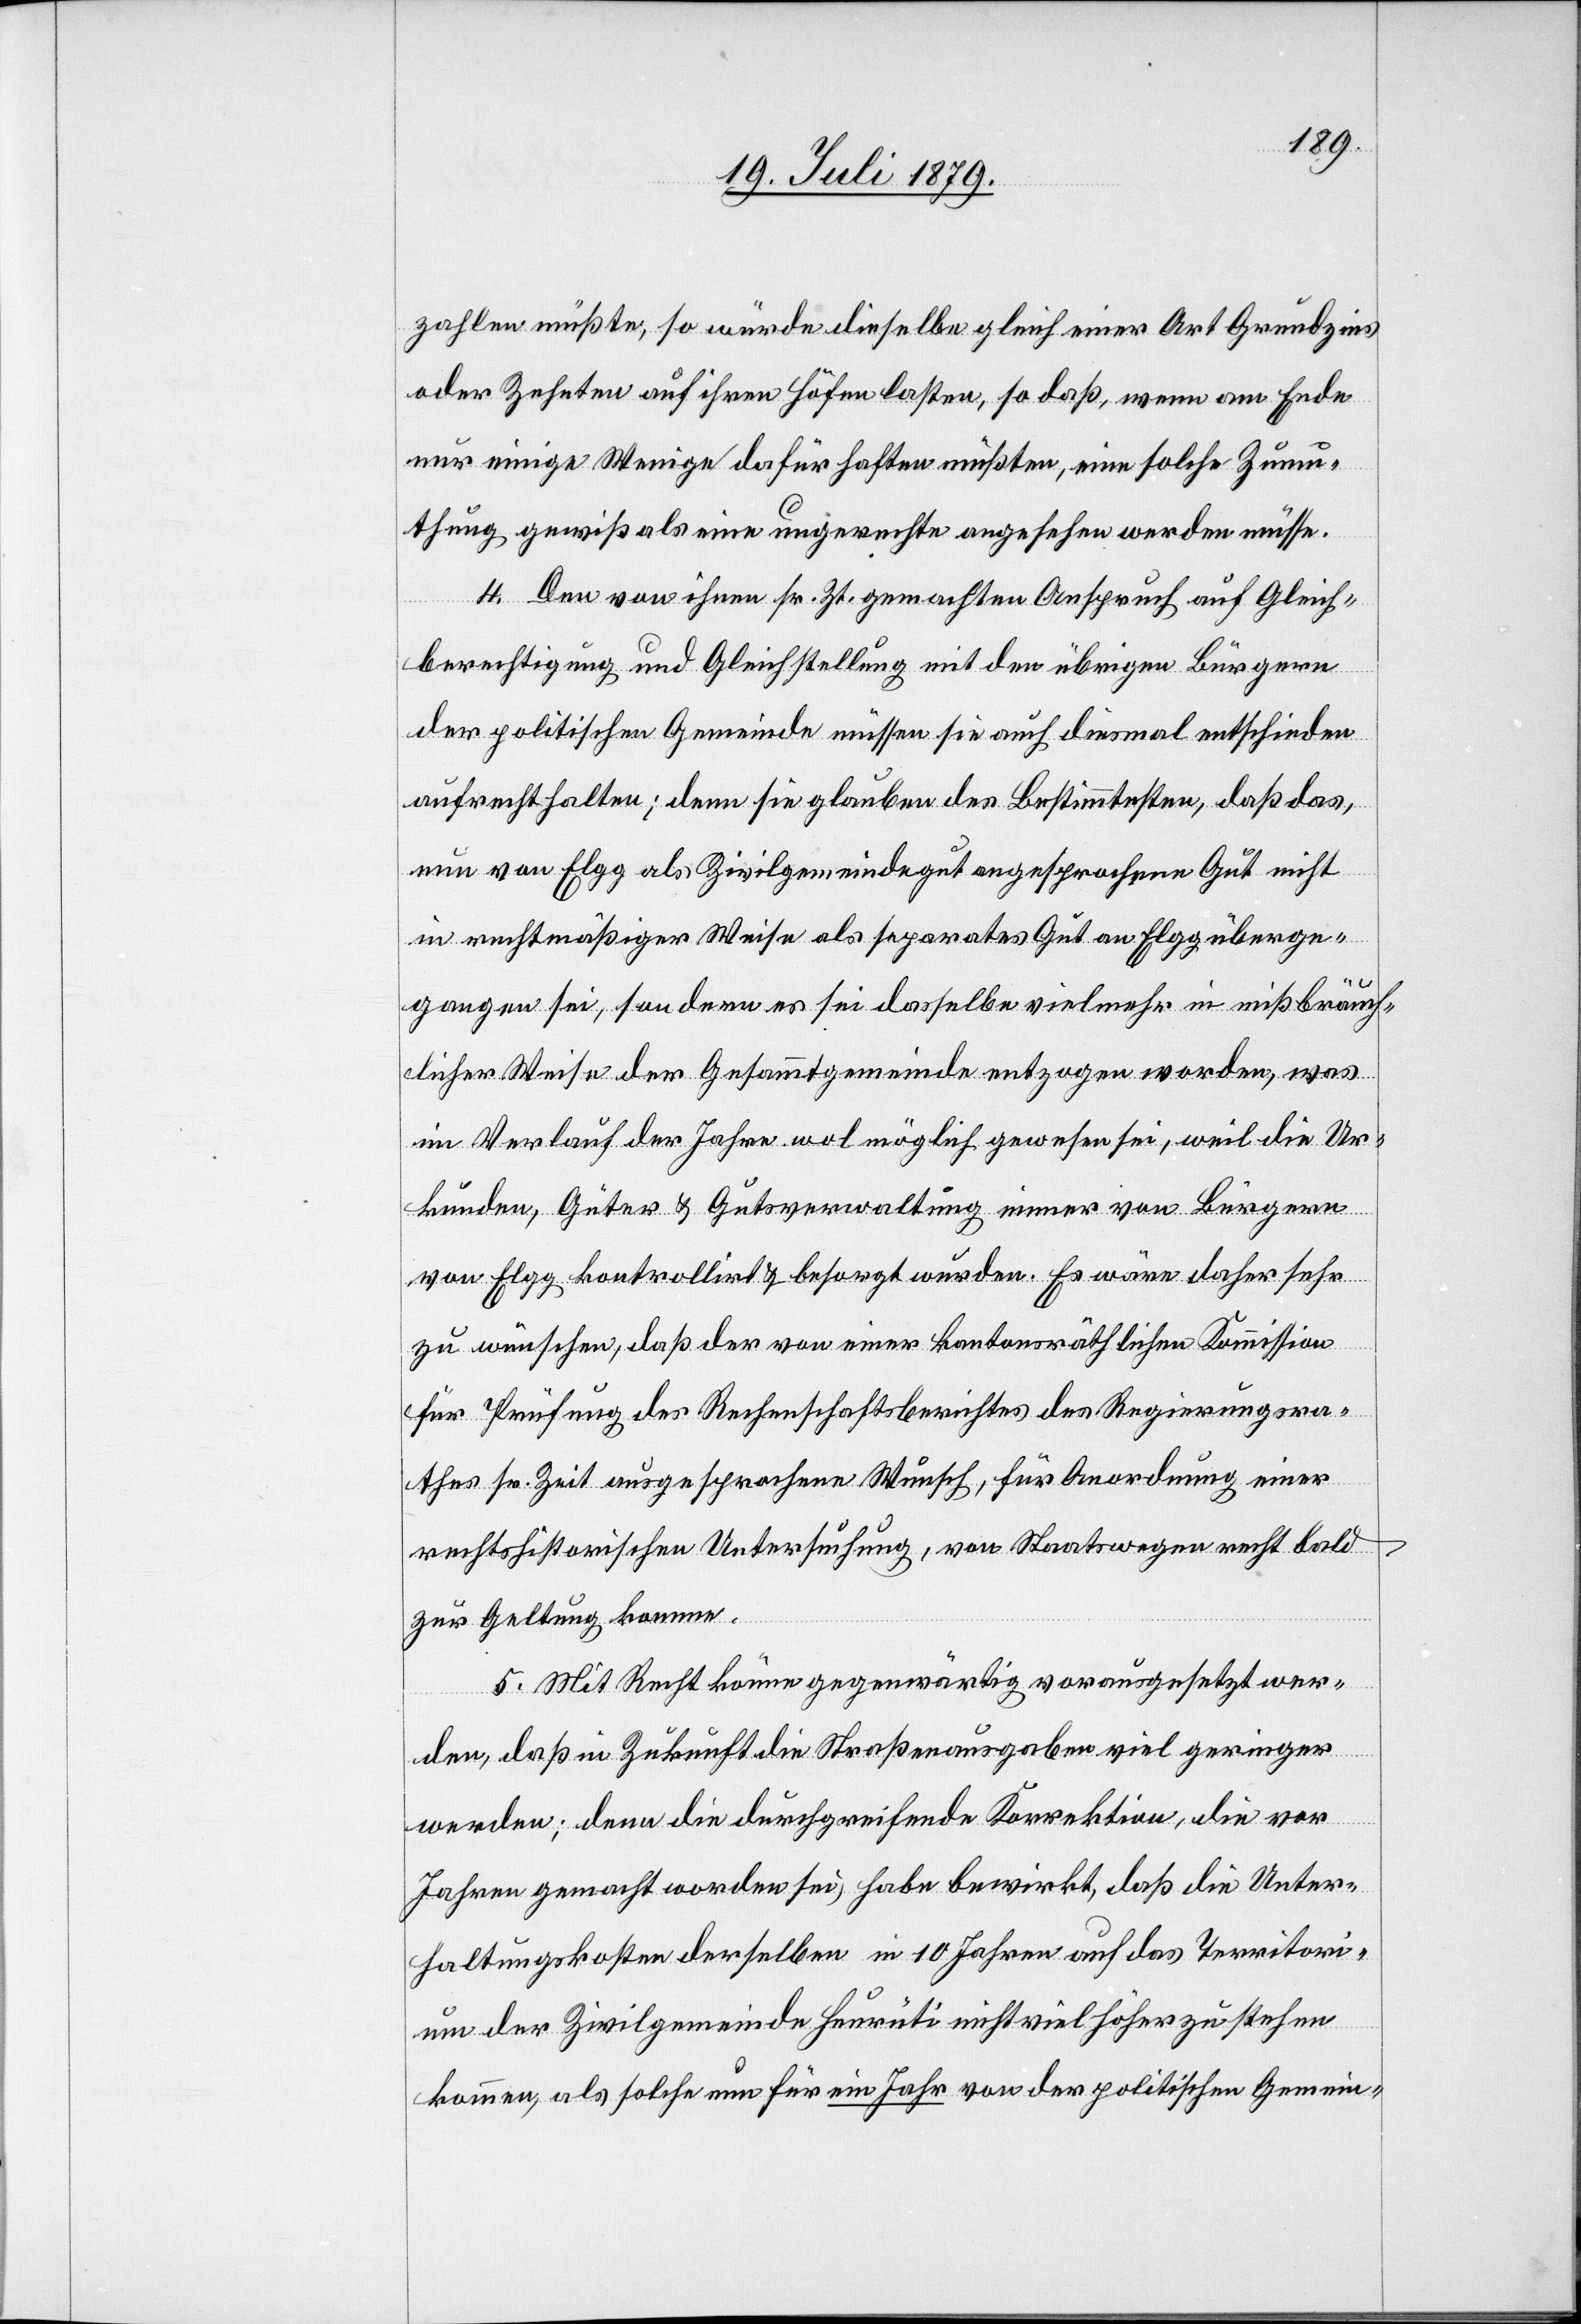
zahlen müßte, so würde dieselbe gleich einer Art Grundzins
oder Zehnten auf ihren Höfen lasten, so daß, wenn am Ende
nur einige Wenige dafür haften müßten, eine solche Zumu¬
thung gewiß als eine ungerechte angesehen werden müsse.
4. Den von ihnen sr. Zt. gemachten Anspruch auf Gleich¬
berechtigung und Gleichstellung mit den übrigen Bürgern
der politischen Gemeinde müssen sie auch diesmal entscheiden
aufrecht halten; denn sie glauben des Bestimmtesten, das das,
nun von Elgg als Zivilgemeindegut angesprochene Gut nicht
in rechtmäßiger Weise als separates Gut an Elgg überge¬
gangen sei, sondern es sei dasselbe vielmehr in missbräuch¬
licher Weise der Gesammtgemeinde entzogen worden, was
im Verlauf der Jahre wol möglich gewesen sei, weil die Ur¬
kunde, Güter & Gutsverwaltung einer von Bürgern
von Elgg kontrollirt & besorgt wurden. Es wäre daher sehr
zu wünschen, das der von einer kantonsräthlichen Kommission
für Prüfung des Rechenschaftsberichtes des Regierungsra¬
thes sr. Zeit ausgesprochene Wunsch, für Anordnung einer
rechtshistorischen Untersuchung, von Staatswegen recht bald
zur Geltung komme.
5. Mit Recht könne gegenwärtig vorausgesetzt wer¬
den, daß in Zukunft die Straßenausgaben viel geringer
werden; denn die durchgreifende Korrektion, die vor
Jahren gemacht worden sei, habe bewirkt, daß die Unter¬
haltungskosten derselben in 10 Jahren auf das Territori¬
um der Zivilgemeinde Heurüti nicht viel höher zu stehen
kommen, als solche nun für ein Jahr von der politischen Gemein-